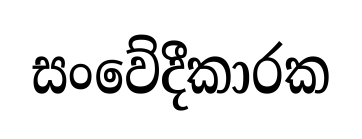
සංවේදීකාරක